Tezpur Lunatic Asylum reports 1895-1904 - 1895-1904
Year: 1895
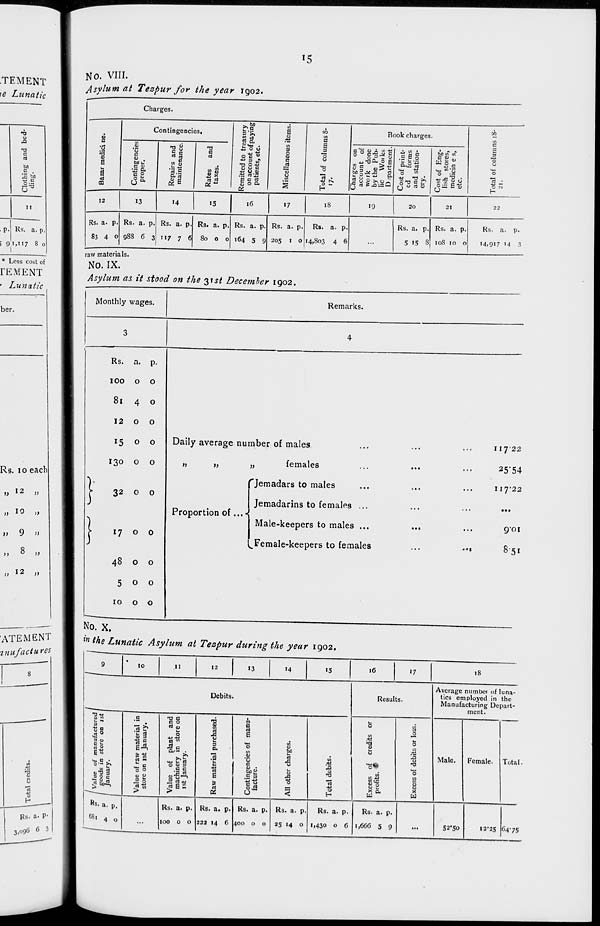
'5
.TEMENT
\e Lunatic
1 * u
A
T3
C
rt
bo
c .
'J= i=n
-w C
o •-
1
rs'O
1 U
II
Ks. a. p.
i 9i,ii7 8 o
* Less cost of
rEMENT
• Lunatic
ber.
Rs. IO each
„ » 2 »
„ i° „
v 9 n
,, 8 »
„ 12 „
ATEMENT
znufactures
NO. VIII.
Asvlum at Tezpur for the year 1902.
Charges.
Bazar medici ne.
Contingencies.
Remitted to treasury
on account of paying
patients, etc.
I
<u
I/)
3
O
U
c
-S
"3 u
2
Total of columns S-
'7-
Book charges.
as
S
Contingencies
proper.
1 C
rt cS
B
*(3.5
73
a
rt
rt J5
Charges on
account of
wo rk done
by the Pub-
lic VVoi ks
Department.
Cost of print-
ed
forms
and station-
ery.
Cost of Eng-
lish stores,
medicin e s,
etc.
s
3
"3
£ N
12
13
14
15
16
17
iS
19
20
21
22
Rs. a. p.
83 4 0
Rs. a. p.
988 6 3
Rs. a. p.
117 7 6
R3. a. p.
80 0 0
Rs. a. p.
164 5 9
Rs. a. p.
205 1 0
Rs. a. p.
14,803 4 6
...
Rs. a. p.
5 15 S
Rs. a. p.
108 10 0
Rs. a. p.
14,917 '4 3
raw materials.
No. IX.
Asylum as it stood on the ^st Decemher 1902.
Remarks.
Rs. a. p.
100 o o
81 4 o
1200
15 o o
130 o o
32 o o
1700
48 o o
500
10 o o
•)
}}
n
Daily average number of males
females
Jemadars to males
Jemadarins to females ...
Male-keepers to males ...
^Female-keepers to females
Proportion of...«
■••1
11722
25*54
117*22
9*oi
851
No. X.
w the Lunatic Asylum at Tezpur during the year 1902.
9
10
II
12
13
'4
15
16
17
18
Average numbei of luna-
Debits.
Resu ts.
tics employed in the
Manufacturing Depart-
ment.
•g-tt
.5
T3 C5
B O
jD
JS
3
0
.
1
3
Is
C rt
O
a
6
U)
js
<D 3
U
of manu
in store
£ a
of plan
ery in s
uary.
3
"rt
VI
'u
C
<L>
bj)
3
0
1/1
IS
<u
0
1st
13 D
T3
Male.
Female. Total •
/ Value
1 goods
1 Januar
1
*S 0
II S In
alue
machin
ist Jan
H
E
tt
Id
.£ §
0 ^3
tu
JS
■8
•a
"S
11 x a.
O
tfl
S u
X
>
;>
02
O
<
H
1 «
bl
1
Rs. a. p.
Rs. a. p. Rs. a. p. Rs. a. p. Rs. a. p.
Rs. a. p.
Rs. a. p
68, 4 Q 1 - 100 0 0 22a 14 6 400 0 0 25 14 0 1,430 0 6 1,666 5 9 ... 52'So J2'25 64-75